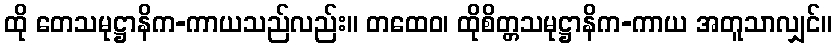
ထို တေသမုဋ္ဌာနိက-ကာယသည်လည်း။ တထေဝ၊ ထိုစိတ္တသမုဋ္ဌာနိက-ကာယ အတူသာလျှင်။